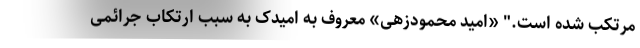
مرتکب شده است." «امید محمودزهی» معروف به امیدک به سبب ارتکاب جرائمی